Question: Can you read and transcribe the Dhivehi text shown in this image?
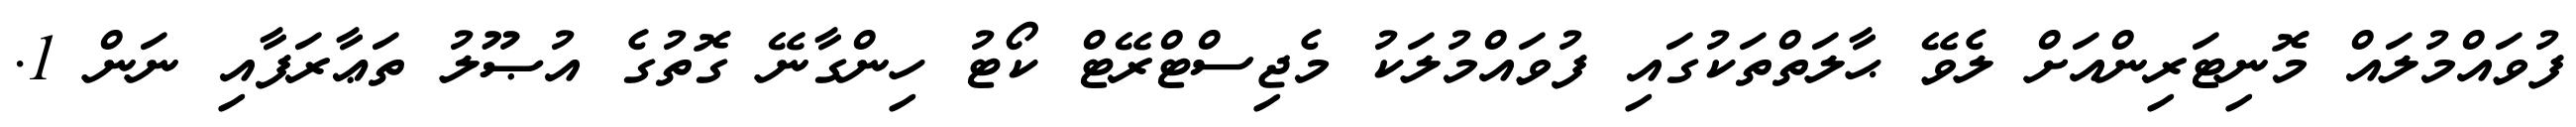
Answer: ފުވައްމުލައް މޮނިޓަރިންއަށް ލެވޭ ޙާލަތްތަކުގައި ފުވައްމުލަކު މެޖިސްޓްރޭޓް ކޯޓު ހިންގާނޭ ގޮތުގެ އުޞޫލު ތަޢާރަފާއި ނަން 1.